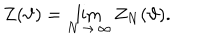
LaTeX: \displaystyle Z ( \vartheta ) = \lim _ { N \, \rightarrow \, \infty } Z _ { N } ( \vartheta ) .